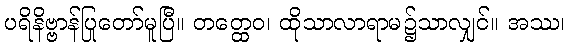
ပရိနိဗ္ဗာန်ပြုတော်မူပြီ။ တတ္ထေဝ၊ ထိုသာလာရာမ၌သာလျှင်။ အဿ၊